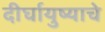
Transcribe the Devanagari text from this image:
दीर्घायुष्याचे